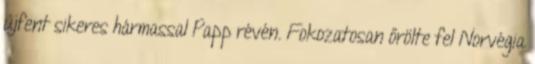
újfent sikeres hármassal Papp révén. Fokozatosan őrölte fel Norvégia